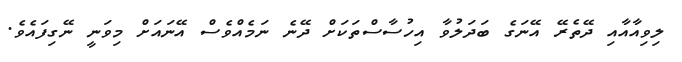
ލިވިއާއާއި ދޭތެރޭ އޭނަގެ ބަދަލުވާ އިހުސާސްތަކަށް ދޭނެ ނަމެއްވެސް އޭނައަށް މިވަނީ ނޭގިފައެވެ.